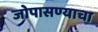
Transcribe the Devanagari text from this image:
जोपासण्याचा